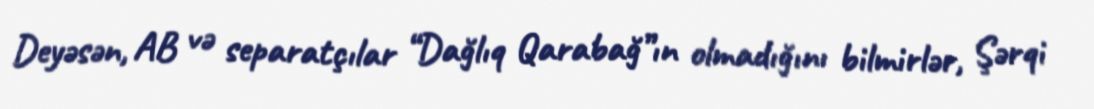
Deyəsən, AB və separatçılar “Dağlıq Qarabağ”ın olmadığını bilmirlər, Şərqi